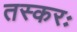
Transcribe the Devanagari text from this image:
तस्करः